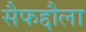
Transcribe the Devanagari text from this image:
सैफद्दौला